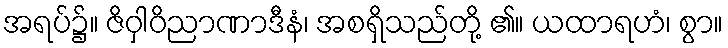
အရပ်၌။ ဇိဝှါဝိညာဏာဒီနံ၊ အစရှိသည်တို့ ၏။ ယထာရဟံ၊ စွာ။